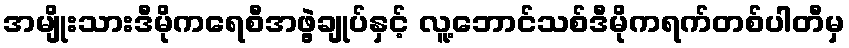
အမျိုးသားဒီမိုကရေစီအဖွဲ့ချုပ်နှင့် လူ့ဘောင်သစ်ဒီမိုကရက်တစ်ပါတီမှ